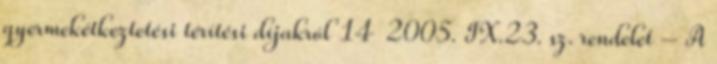
gyermekétkeztetési térítési díjakról 14 2005. IX.23. sz. rendelet – A